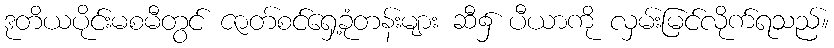
ဒုတိယပိုင်းမစမီတွင် ဇာတ်စင်ရှေ့ခုံတန်းများ ဆီ၌ ပီယာကို လှမ်းမြင်လိုက်ရသည်။